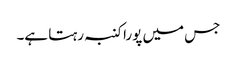
جس میں پورا کنبہ رہتا ہے۔